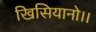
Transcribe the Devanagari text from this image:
खिसियानो।।